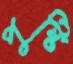
পুষ্টি